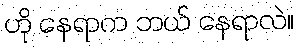
ဟို နေရာက ဘယ် နေရာလဲ။